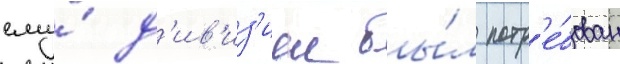
ему́ д'ив'из'иеи бы́л потр'е́бован